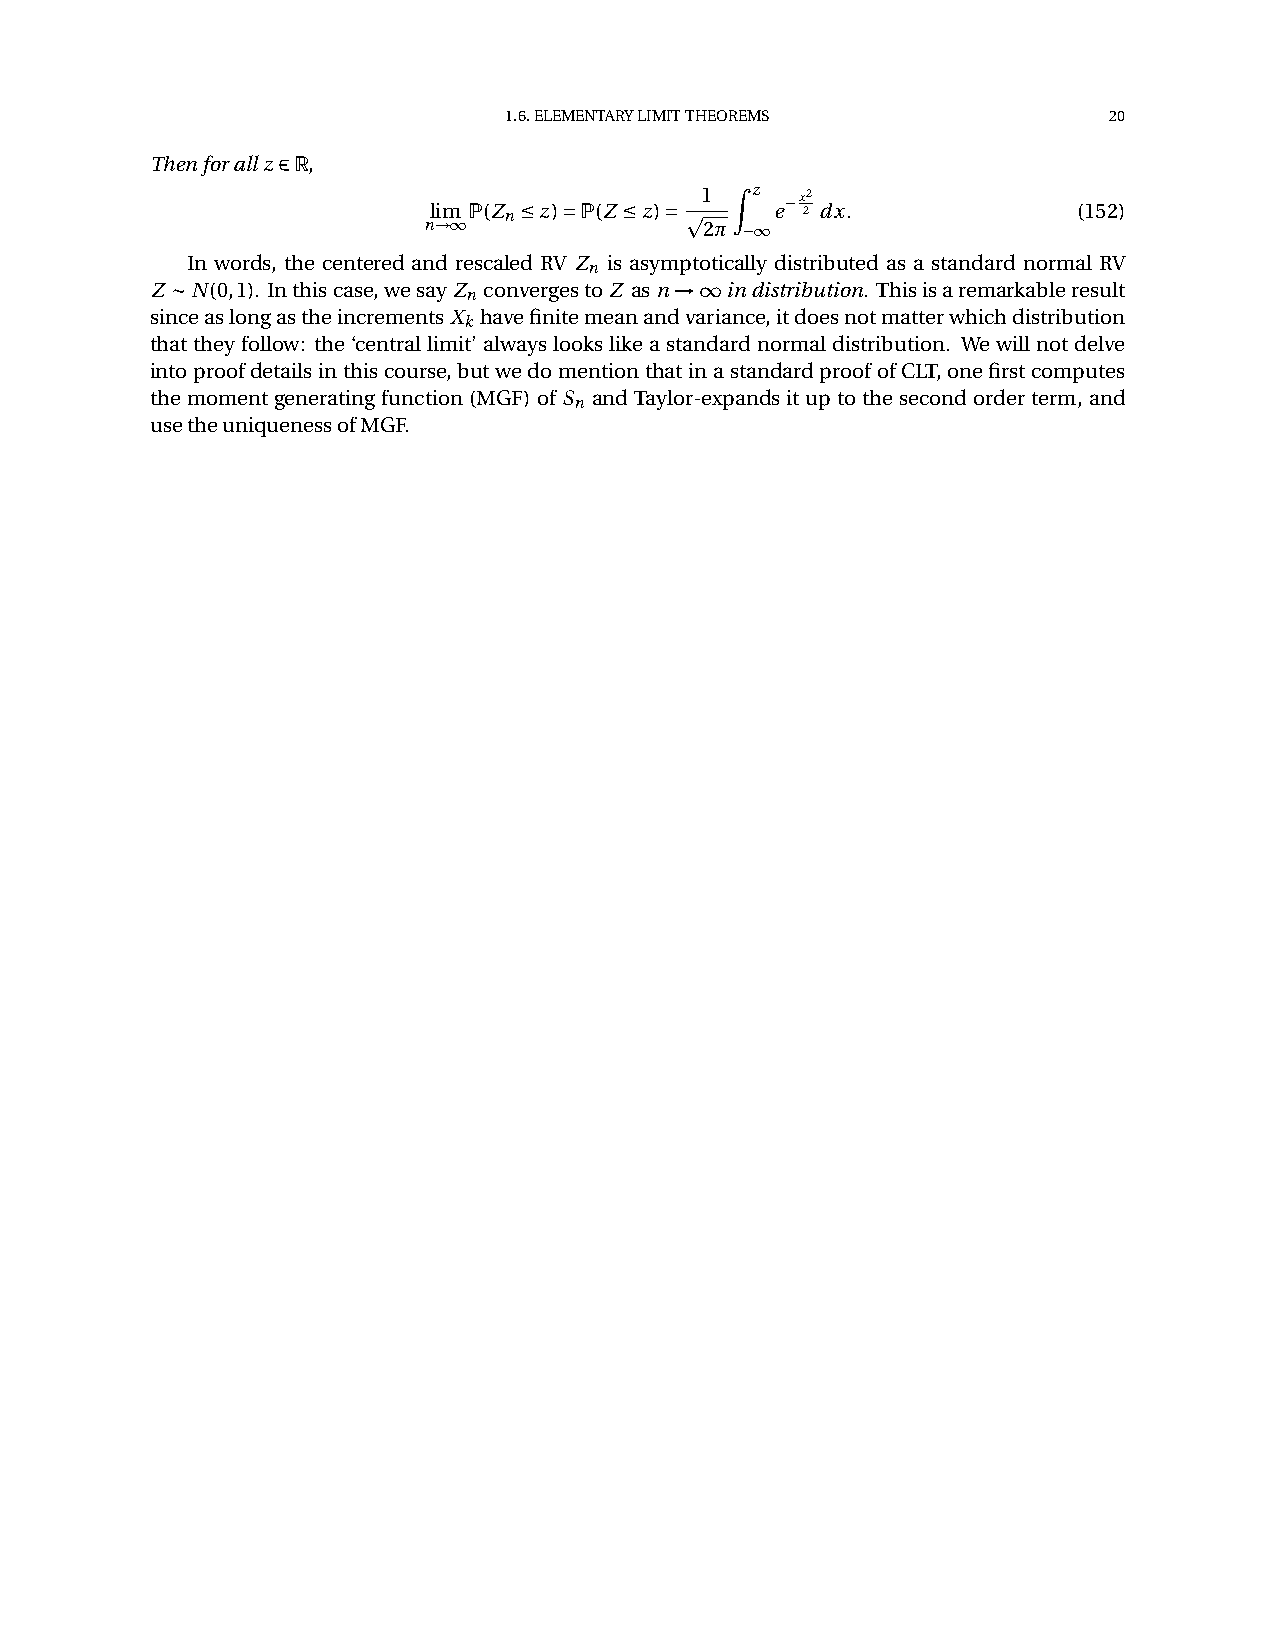
1.6.ELEMENTARYLIMITTHEOREMS             20
 Thenforallz2R,
 Z
 nl !im 1P(Z n•z)˘P(Z •z)˘ p1
 2π
 ¡z 1e¡x 22 dx.        (152)
 In words, the centered and rescaled RV Z is asymptotically distributed as a standard normal RV
 n
 Z »N(0,1). Inthiscase,wesayZ convergestoZ asn!1indistribution. Thisisaremarkableresult
 n
 sinceaslongastheincrementsX havefinitemeanandvariance,itdoesnotmatterwhichdistribution
 k
 thattheyfollow: the‘centrallimit’alwayslookslikeastandardnormaldistribution. Wewillnotdelve
 intoproofdetailsinthiscourse,butwedomentionthatinastandardproofofCLT,onefirstcomputes
 themomentgeneratingfunction(MGF)ofS andTaylor-expandsituptothesecondorderterm, and
 n
 usetheuniquenessofMGF.